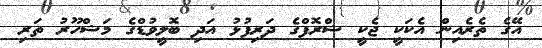
އޭގެ ތެރެއިން އެކަކީ ޖެކީ ޝްރޮފްގެ ދަރިފުޅު އަދި ބޮލީވުޑްގެ މަޝްހޫރު ތަރި